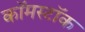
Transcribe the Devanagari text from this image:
कॉमस्टॉक